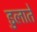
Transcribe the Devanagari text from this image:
डुलाते